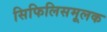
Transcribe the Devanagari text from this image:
सिफिलिसमूलक